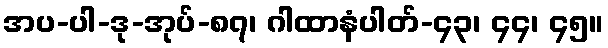
အပ-ပါ-ဒု-အုပ်-၈၇၊ ဂါထာနံပါတ်-၄၃၊ ၄၄၊ ၄၅။